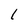
Character: I